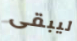
ليبقى